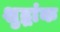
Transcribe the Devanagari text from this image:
शुद्धांक